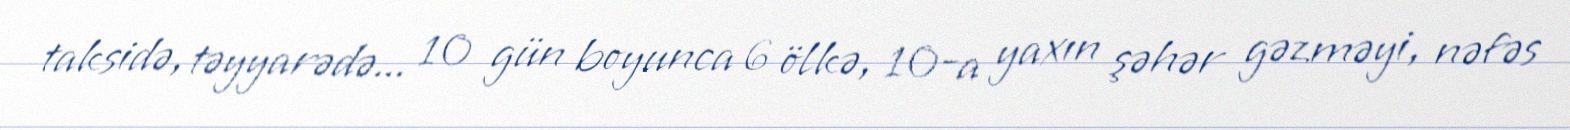
taksidə, təyyarədə... 10 gün boyunca 6 ölkə, 10-a yaxın şəhər gəzməyi, nəfəs